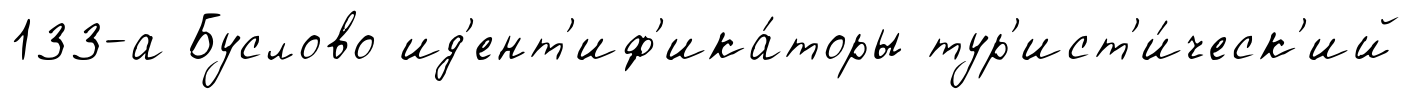
133-а Буслово ид'ент'иф'ика́торы тур'ист'и́ческ'ий